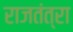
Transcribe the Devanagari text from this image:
राजतंत्रा